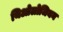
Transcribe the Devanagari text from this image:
थिओलोजियन